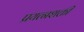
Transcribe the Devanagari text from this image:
प्रयत्‍नशक्ती